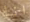
انا